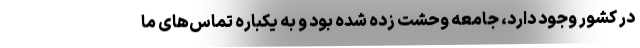
در کشور وجود دارد، جامعه وحشت زده شده بود و به یکباره تماس‌های ما